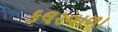
કલરવાળા